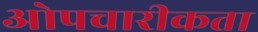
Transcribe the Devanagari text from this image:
ओपचारीकता